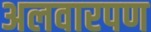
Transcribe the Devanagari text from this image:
अलवारपण